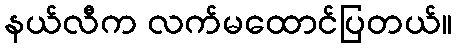
နယ်လီက လက်မထောင်ပြတယ်။